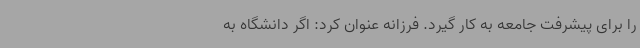
را برای پیشرفت جامعه به کار گیرد. فرزانه عنوان کرد: اگر دانشگاه به